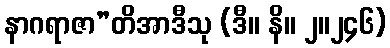
နာဂရာဇာ”တိအာဒီသု (ဒီ။ နိ။ ၂။၂၄၆)